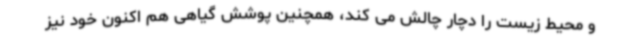
و محیط زیست را دچار چالش می کند، همچنین پوشش گیاهی هم اکنون خود نیز